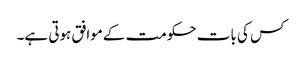
کس کی بات حکومت کےموافق ہوتی ہے۔